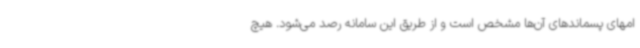
امهای پسماندهای آن‌ها مشخص است و از طریق این سامانه رصد می‌شود. هیچ